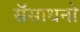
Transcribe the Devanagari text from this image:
सॅसाधनो